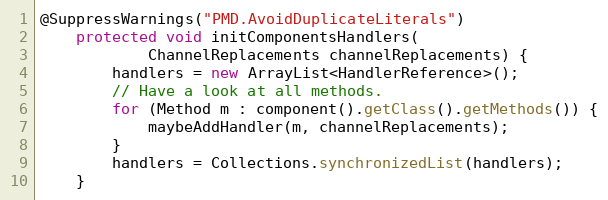
Language: Java
@SuppressWarnings("PMD.AvoidDuplicateLiterals")
    protected void initComponentsHandlers(
            ChannelReplacements channelReplacements) {
        handlers = new ArrayList<HandlerReference>();
        // Have a look at all methods.
        for (Method m : component().getClass().getMethods()) {
            maybeAddHandler(m, channelReplacements);
        }
        handlers = Collections.synchronizedList(handlers);
    }